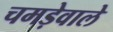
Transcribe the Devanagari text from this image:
चमड़ेवाले